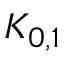
K _ { 0 , 1 }